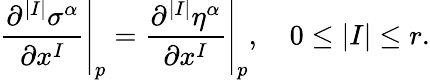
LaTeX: \left.{\frac{\partial^{|I|}\sigma^{\alpha}}{\partial x^{I}}}\right|_{p}=\left.{\frac{\partial^{|I|}\eta^{\alpha}}{\partial x^{I}}}\right|_{p},\quad 0\leq|I|\leq r.